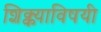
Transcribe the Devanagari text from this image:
शिक्क्याविषयी